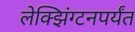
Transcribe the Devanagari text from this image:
लेक्झिंग्टनपर्यंत